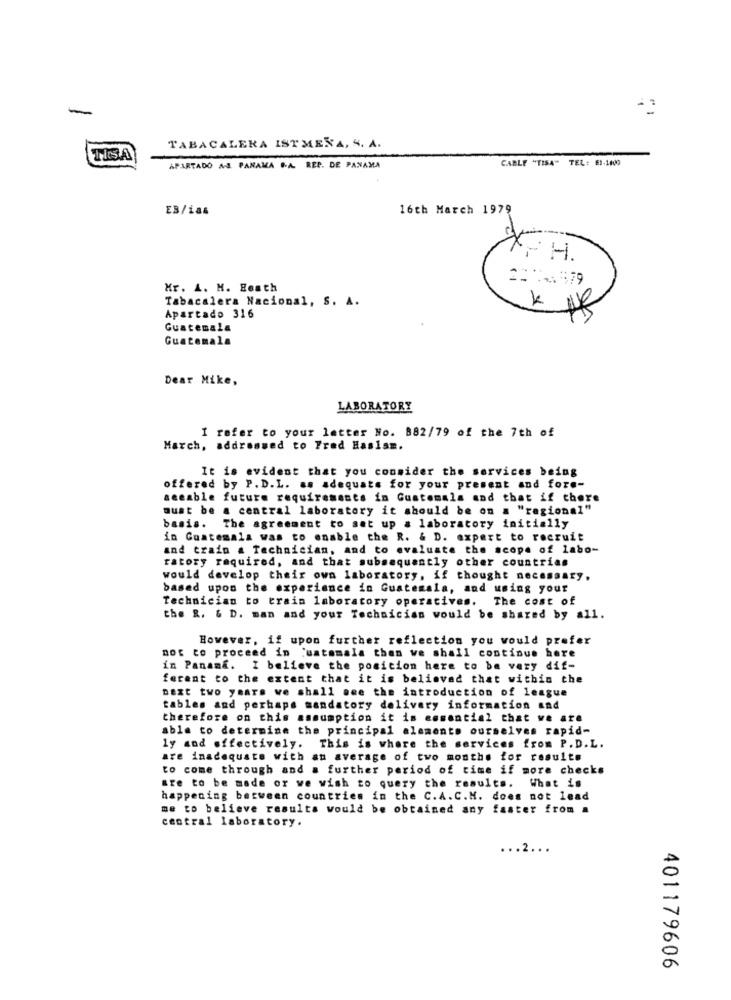
-
TABACALERA ISTMERA, S. A.
TISA
CABLE "TISA" TEL: 61-1000)
APARTADO AS PANAMA BA REP. DE PANAMA
EB/ias
16th March 1979
F H.
Mr. A. M. Beath
Tabacalera Nacional, S. A.
9
K
Apartado 316
Guatemala
Guatemala
Dear Mike,
LABORATORY
I refer to your letter No. 882/79 of the 7th of
March, addressed to Fred Hasism.
It is evident that you consider the services being
offered by P.D.L. as adequate for your present and fore-
seeable future requirements in Guatemala and that if there
must be a central laboratory it should be on a "regional"
basis. The agreement to set up a laboratory initially
in Guatemala was to enable the R. & D. expert to recruit
and train a Technician, and to evaluate the scope of labo-
ratory required, and that subsequently other countries
would develop their own laboratory, if thought necessary,
based upon the experience in Guatemala, and using your
Technician to train laboratory operatives. The cost of
the R. & D. man and your Technician would be shared by all.
However, if upon further reflection you would prefer
not to proceed in uatamala then we shall continue here
in Panama. I believe the position here to be very dif-
ferent to the extent that it is believed that within the
next two years we shall see the introduction of league
tables and perhaps mandatory delivery information and
therefore on this assumption it is essential that we are
able to determine the principal alaments ourselves rapid-
ly and effectively. This is where the services from P.D.L.
are inadequate with an average of two months for results
to come through and a further period of time if more checks
are to be made or we wish to query the results. What is
happening between countries in the C.A.C.M. does not lead
me to believe resulta would be obtained any faster from a
central laboratory.
.2.
401179606